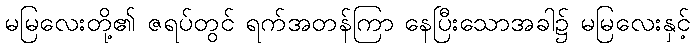
မမြလေးတို့၏ ဇရပ်တွင် ရက်အတန်ကြာ နေပြီးသောအခါ၌ မမြလေးနှင့်